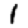
Digit: 1